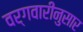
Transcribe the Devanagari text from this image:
वर्गवारीनुसार